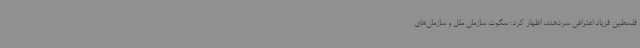
فلسطین فریاد اعتراض سردهند، اظهار کرد: سکوت سازمان ملل و سازمان‌های